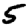
Digit: 5